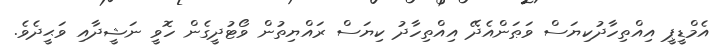
އެމްޑީޕީ އިއްތިހާދުކިޔަސް ވަޠަންއެދޭ އިއްތިހާދު ކިޔަސް ރައްޔިތުން ވޯޓުދީގެން ހޮވީ ނަޝީދާއި ވަޙީދެވެ.